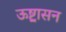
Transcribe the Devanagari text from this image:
ऊष्ट्रासन